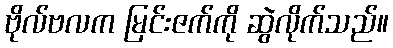
ဗိုလ်ဗလက မြင်းဇက်ကို ဆွဲလိုက်သည်။